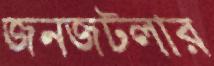
জনজটলার